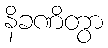
နိခဏိတွာ